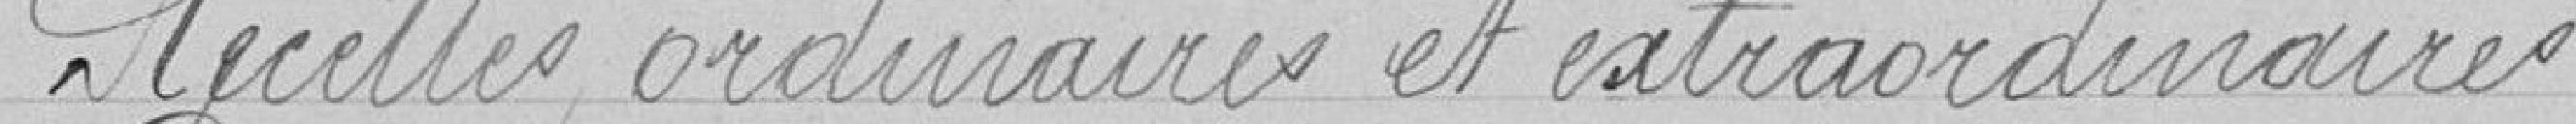
Recettes ordinaires et extraordinaires